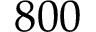
8 0 0